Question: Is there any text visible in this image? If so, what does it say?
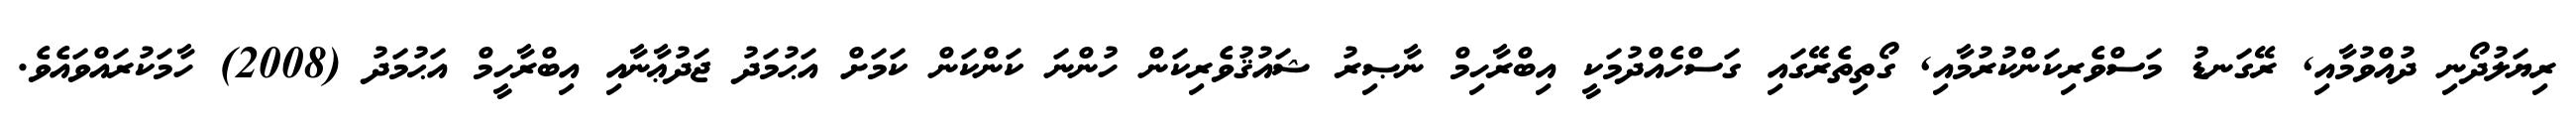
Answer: ރިޔަލުދޯނި ދުއްވުމާއި, ރޭގަނޑު މަސްވެރިކަންކުރުމާއި, ގޯތިތެރޭގައި ގަސްހެއްދުމަކީ އިބްރާހިމް ނާޞިރު ޝައުޤުވެރިކަން ހުންނަ ކަންކަން ކަމަށް އަޙުމަދު ޖަދުޢާނާއި އިބްރާހީމް އަޙުމަދު (2008) ހާމަކުރައްވައެވެ.